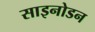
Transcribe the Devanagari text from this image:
साइनोडन